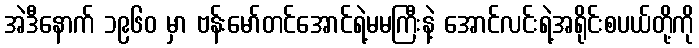
အဲဒီနောက် ၁၉၆၀ မှာ ဗန်းမော်တင်အောင်ရဲ့မမကြီးနဲ့ အောင်လင်းရဲ့အရိုင်းစပယ်တို့ကို